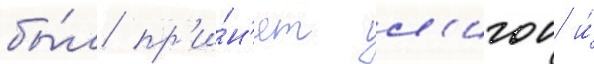
бы́л пр'и́н'ят л'игои и́